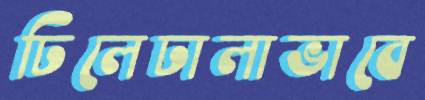
ঢিলেঢালাভাবে